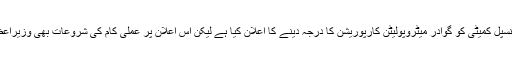
وزیر اعلیٰ بلوچستان جام کمال خان عالیانی نے گوادر میونسپل کمیٹی کو گوادر میٹروپولیٹن کارپوریشن کا درجہ دینے کا اعلان کیا ہے لیکن اس اعلان پر عملی کام کی شروعات بھی وزیراعظم عمران خان کے دورہ گوادر کے موقعے پر متوقع ہے۔